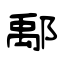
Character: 鄅